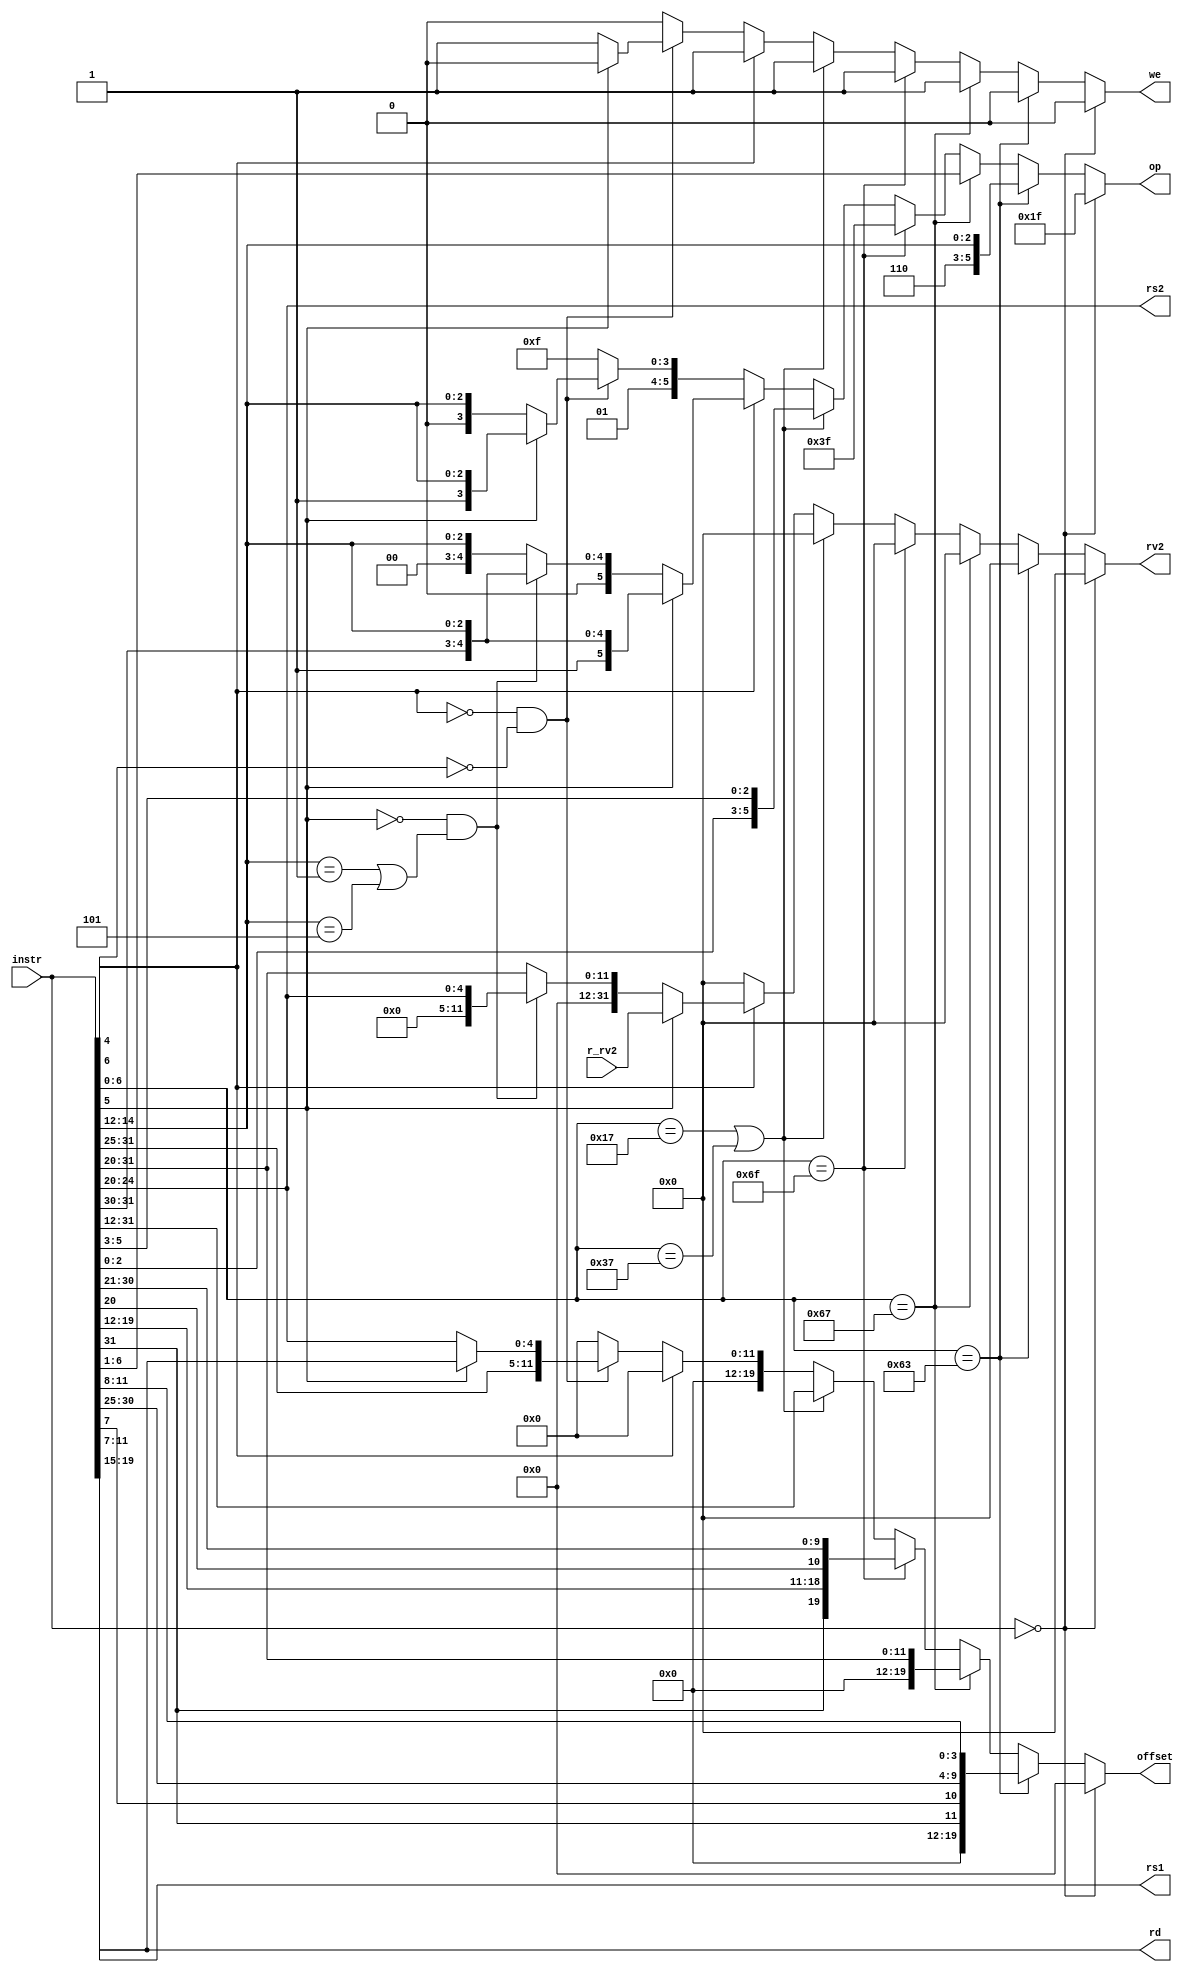
module decoder(
    input [31:0] instr,  // Full 32-b instruction
    output [5:0] op,     // some operation encoding of your choice
    output [4:0] rs1,    // First operand
    output [4:0] rs2,    // Second operand
    output [4:0] rd,     // Output reg
    input  [31:0] r_rv2, // From RegFile
    output [31:0] rv2,   // To ALU
    output we,           // Write to reg
    output [19:0] offset   //can be used by load/store for address or by branching/jump for calculating the jump amount
);

//This module is used for decoding the instruction and extracting various required components(address,opcode,offset etc.)   
    
	reg[5:0] op;
	reg[31:0] rv2;
	reg[4:0] rs1;
	reg[4:0] rs2;
	reg[4:0] rd;
	reg we;                 // For writing to regfile set to 1
	reg [19:0] offset;
	reg [31:0] daddr;


    always@(instr)
	
	begin
	if (instr == 0)            
		begin
		op = 6'h1f;         //assigning an unused opcode when no instruction is read
		we = 0;
        offset = 0;
        rv2 = 0;
		end
		
    else if (instr[6:0] == 7'b1100011)    //if passed we enter the conditional branching section
	
	begin
        op = {3'b110, instr[14:12]};      //assinging an opcode that is unused by alu and load/store
        offset = {instr[31], instr[7], instr[30:25], instr[11:8]};    //immediate value to determine the jump amount
		we = 0;    //no writing to regfile needed
        rv2 = 0; 
	end
	
    else if (instr[6:0] == 7'b1100111)     //JALR (trested differently as the immediate value is not in a common place)
	begin
		op = instr[6:1]; 
		offset = instr[31:20];
		we = 1;        //set high to store the link reg
        rv2 = 0;
	end
	
    else if (instr[6:0] == 7'b1101111)    //JAL (trested differently as the immediate value is not in a common place)
	begin
		op = 6'b111111;
		offset = {instr[31], instr[19:12], instr[20], instr[30:21]};
		we = 1;        //set high to store the link reg
        rv2 = 0;
	end
	
    else if ((instr[6:0] == 7'b0010111) || (instr[6:0] == 7'b0110111))    //LUI and AUIPC
    begin        //(trested differently as the immediate value is not in a common place but these two have it in common)       
		op = {instr[2:0],instr[5:3]};
		offset = instr[31:12];
		we = 1;         //set high as the upper 20 bits must be stores in address rd in regfile 
        rv2 = 0;
	end	

    else if (instr[4] == 1)   //If passed we enter the ALU instruction section of the ISA
        
	begin	
        if (instr[5] == 1)	     //If passed we enter the non-immediate ALU instructions
		begin
            op = {instr[5], instr[31:30], instr[14:12]};    //Unique opcode formed by concatenating parts of the instruction
			rv2 = r_rv2;       //getting the value of second operand from the regfile
            offset = 0;
            we = 0;
		end
		
        else if ((instr[5] == 0) && ((instr[14:12] == 3'b001) || (instr[14:12] == 3'b101)))   //SLLI,SRLI and SRAI insrtuctions(treated differently as the immediate value extraction is different from the other immediate instructions)
		begin
			op = {instr[5], instr[31:30], instr[14:12]};     
            rv2 = instr[24:20];        //getting the immediate value for the second operand from the instruction(5 bit)
            offset = 0;
            we = 0;
		end
		
		else    //The immediate section of ALU instructions
            
		begin
            op = {instr[5], 2'b00, instr[14:12]};         
			rv2 = instr[31:20];        //getting the immediate value for the second operand from the instruction(12 bit)
            offset = 0;
            we = 0;
		end
		
    we = 1;                // set to 1 since alu writes to regfile

	end   
	
    else if ((instr[4] == 0) && (instr[6] == 0))      //If passed we enter the load and store section of the ISA
        
	begin
        if (instr[5] == 1)     //If passed we enter the store instruction section
            
		begin
            op = {2'b01, 1'b1, instr[14:12]};    //Forming an unique opcode that do not clash with the alu opcodes
            offset = {instr[31:25], instr[11:7]};  //extracting offset from the instuction for address calculation
			we = 0;			 //Set to 0 as there is no writing to regefile
            rv2 = 0;
		end
		
		else     //The load instuctions section
            
		begin		
            op = {2'b01, 1'b0, instr[14:12]};  
            offset = instr[31:20];        
			we = 1;			//Set to 1 as we need to write the loaded value into the regfile
            rv2 = 0;
		end	
		
	end 
	
	else
        
		begin 
        offset = 0;
		op = 6'h1f;          //assigning an unused opcode when no instruction is read
		we = 0;
        rv2 = 0;
		end
	

	rs1 = instr[19:15];    //getting address for first operand
    rs2 = instr[24:20];    //getting address for second operand
    rd = instr[11:7];      //getting address for output storage
    
	end

endmodule